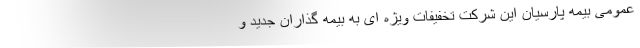
عمومی بیمه پارسیان این شرکت تخفیفات ویژه ای به بیمه گذاران جدید و